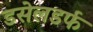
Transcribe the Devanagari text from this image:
डसेलडर्फ